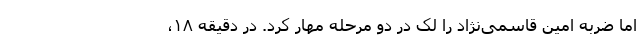
اما ضربه امین قاسمی‌نژاد را لک در دو مرحله مهار کرد. در دقیقه ۱۸،